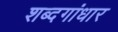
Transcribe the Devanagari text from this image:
शब्दगांधार